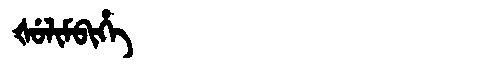
Manchu: ᡧᡠᠯᡳᠮᠪᡳᡥᡝ
Romanization: ŠULIMBIHE